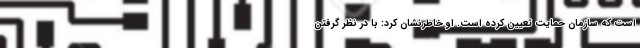
است که سازمان حمایت تعیین کرده است. او خاطرنشان کرد: با در نظر گرفتن